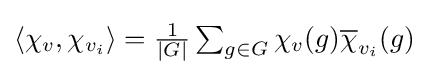
{\textstyle \left\langle \chi _{v},\chi _{v_{i}}\right\rangle ={\frac {1}{|G|}}\sum _{g\in G}\chi _{v}(g){\overline {\chi }}_{v_{i}}(g)}